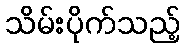
သိမ်းပိုက်သည့်